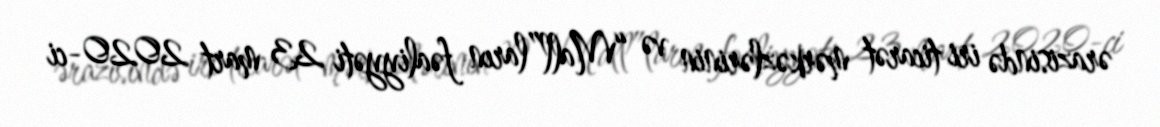
ərazisində iri ticarət mərkəzlərinin və “Mall”ların fəaliyyəti 23 mart 2020-ci